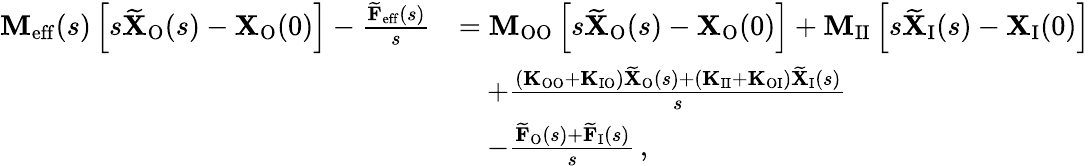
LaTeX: \begin{array}{rl}{\mathbf{M}_{\mathrm{eff}}(s)\left[s\widetilde{\mathbf{X}}_{\mathrm{O}}(s)-\mathbf{X}_{\mathrm{O}}(0)\right]-\frac{\widetilde{\mathbf{F}}_{\mathrm{eff}}(s)}{s}}&{=\mathbf{M}_{\mathrm{OO}}\left[s\widetilde{\mathbf{X}}_{\mathrm{O}}(s)-\mathbf{X}_{\mathrm{O}}(0)\right]+\mathbf{M}_{\mathrm{II}}\left[s\widetilde{\mathbf{X}}_{\mathrm{I}}(s)-\mathbf{X}_{\mathrm{I}}(0)\right]}\\ &{\quad+\frac{(\mathbf{K}_{\mathrm{OO}}+\mathbf{K}_{\mathrm{IO}})\widetilde{\mathbf{X}}_{\mathrm{O}}(s)+(\mathbf{K}_{\mathrm{II}}+\mathbf{K}_{\mathrm{OI}})\widetilde{\mathbf{X}}_{\mathrm{I}}(s)}{s}}\\ &{\quad-\frac{\widetilde{\mathbf{F}}_{\mathrm{O}}(s)+\widetilde{\mathbf{F}}_{\mathrm{I}}(s)}{s}\, ,}\end{array}